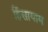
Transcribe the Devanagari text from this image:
हिंसायाम